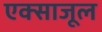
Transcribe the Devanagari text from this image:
एक्साजूल